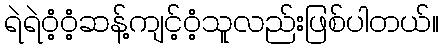
ရဲရဲဝံ့ဝံ့ဆန့်ကျင့်ဝံ့သူလည်းဖြစ်ပါတယ်။